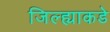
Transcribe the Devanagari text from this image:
जिल्ह्याकडे